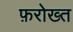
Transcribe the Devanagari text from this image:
फ़रोख्त